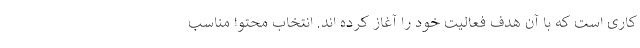
کاری است که با آن هدف فعالیت خود را آغاز کرده اند. انتخاب محتوا مناسب